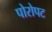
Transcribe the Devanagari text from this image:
पोरोपट